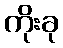
ကိုးခု